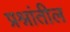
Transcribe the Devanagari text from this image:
प्रश्नांतील